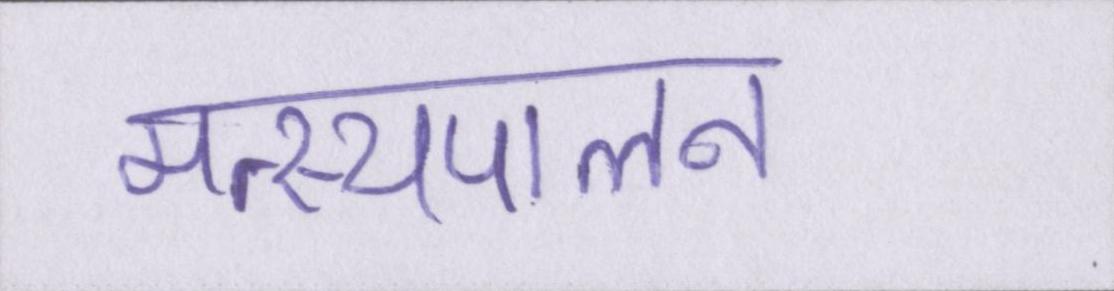
मत्स्यपालन